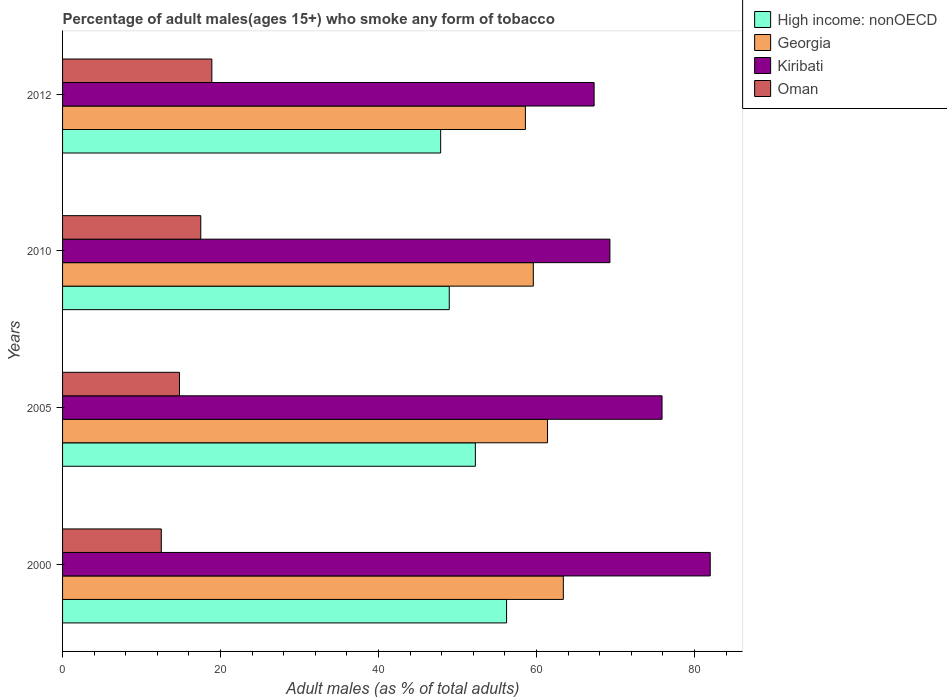
| Years | High income: nonOECD | Georgia | Kiribati | Oman |
 | --- | --- | --- | --- | --- |
 | 2000 | 56.2 | 63.4 | 82 | 12.5 |
 | 2005 | 52.3 | 61.4 | 75.9 | 14.8 |
 | 2010 | 49 | 59.6 | 69.3 | 17.5 |
 | 2012 | 47.9 | 58.6 | 67.3 | 18.9 |